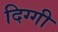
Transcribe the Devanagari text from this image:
दिग्गी